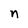
Character: n